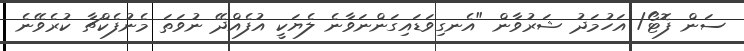
ސަން ފޮޓޯ/ އަހުމަދު ޝަރުވާން "އެނގިވަޑައިގަންނަވާނެ ލެޔަކީ އުފެއްދޭ ނުވަތަ މެނުފެކްޗާ ކުރެވޭނެ